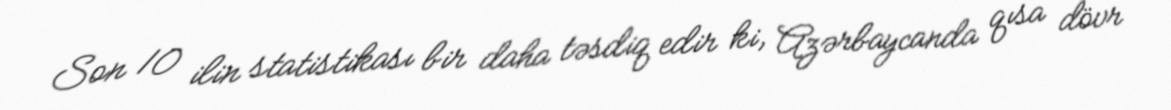
Son 10 ilin statistikası bir daha təsdiq edir ki, Azərbaycanda qısa dövr